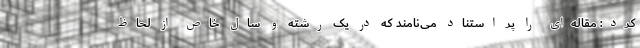
کرد: مقاله‌ای را پر استناد می‌نامند که در یک رشته و سال خاص از لحاظ